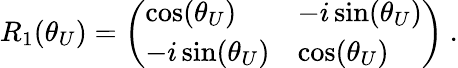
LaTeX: R_{1}(\theta_{U})=\left(\begin{array}{ll}{\cos(\theta_{U})}&{-i\sin(\theta_{U})}\\ {-i\sin(\theta_{U})}&{\cos(\theta_{U})}\end{array}\right)~.